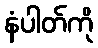
နံပါတ်ကို